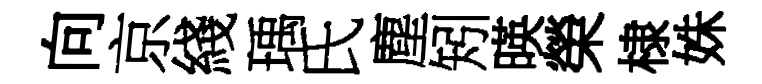
向京綫瑀氏塵矧暎榮棣姝